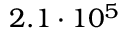
2 . 1 \cdot 1 0 ^ { 5 }